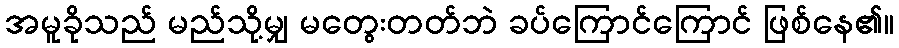
အမူခိုသည် မည်သို့မျှ မတွေးတတ်ဘဲ ခပ်ကြောင်ကြောင် ဖြစ်နေ၏။